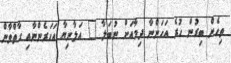
ތިހެން ބިރުން ހުރެ އަހަންނާ ދިމާއަށް ނުބަލާ " އަލާނިޔާ އަހަރެންނާއި ގާތްވާން